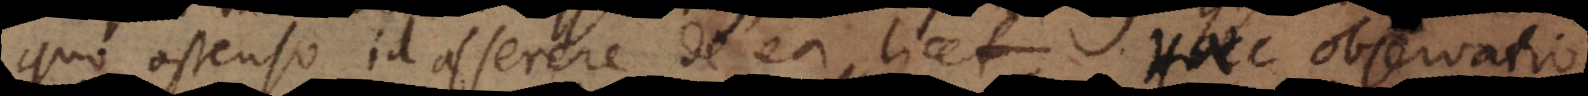
quo ostenso id asserere de ea licet. Haec observatio